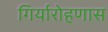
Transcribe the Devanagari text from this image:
गिर्यारोहणास